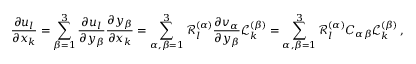
\frac { \partial u _ { l } } { \partial x _ { k } } = \sum _ { \beta = 1 } ^ { 3 } \frac { \partial u _ { l } } { \partial y _ { \beta } } \frac { \partial y _ { \beta } } { \partial x _ { k } } = \sum _ { \alpha , \beta = 1 } ^ { 3 } \mathcal { R } _ { l } ^ { ( \alpha ) } \frac { \partial v _ { \alpha } } { \partial y _ { \beta } } \mathcal { L } _ { k } ^ { ( \beta ) } = \sum _ { \alpha , \beta = 1 } ^ { 3 } \mathcal { R } _ { l } ^ { ( \alpha ) } C _ { \alpha \beta } \mathcal { L } _ { k } ^ { ( \beta ) } \, , \qquad l , k = 1 , 2 , 3 \, ,